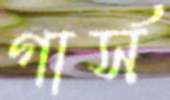
গার্স